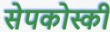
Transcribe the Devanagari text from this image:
सेपकोस्की